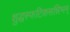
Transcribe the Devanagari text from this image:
शुद्धस्फटिकसन्निभम्